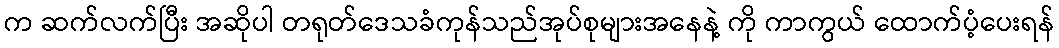
က ဆက်လက်ပြီး အဆိုပါ တရုတ်ဒေသခံကုန်သည်အုပ်စုများအနေနဲ့ ကို ကာကွယ် ထောက်ပံ့ပေးရန်